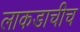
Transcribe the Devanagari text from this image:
लाकडाचीच